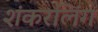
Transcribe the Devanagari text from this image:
शंकरलिंग